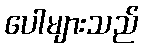
ပေါများသည်